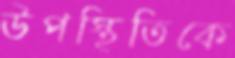
উপস্থিতিকে